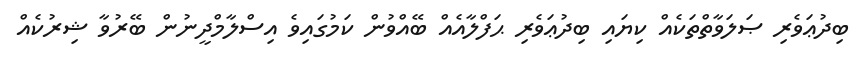
ބިދުޢަވެރި ޞަލަވާތްތަކެއް ކިޔައި ބިދުޢަވެރި ޙަފްލާއެއް ބޭއްވުން ކަމުގައިވެ އިސްލާމްދީނުން ބޭރުވާ ޝިރުކެއް